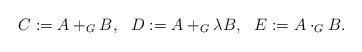
LaTeX: \begin{align*}C:=A+_G B,\,\,\,\,D:=A+_G \lambda B, \,\,\,\, E:=A \cdot_G B.\end{align*}